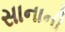
સાનાની